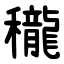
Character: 䆍